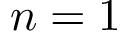
n = 1